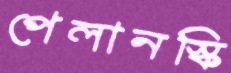
পেলানস্কি